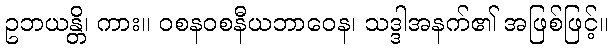
ဥဘယန္တိ၊ ကား။ ဝစနဝစနီယဘာဝေန၊ သဒ္ဒါအနက်၏ အဖြစ်ဖြင့်။